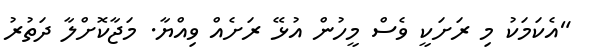
"އެކަމަކު މި ރަށަކީ ވެސް މީހުން އުޅޭ ރަށެއް ވިއްޔާ. މަޖާކޮށްލާ ދަތުރު